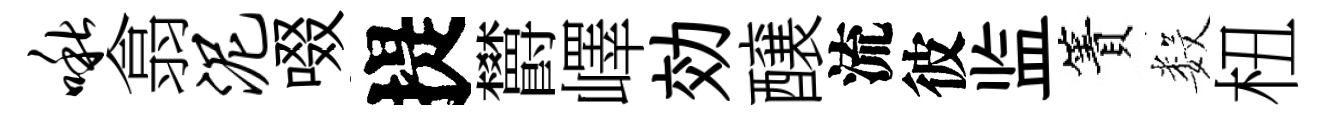
啾翕泥啜提欝嶧効醸流彼监簀数杻